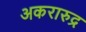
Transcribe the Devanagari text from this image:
अकरारुद्र